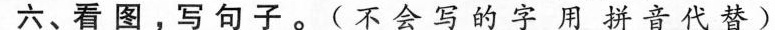
六、看图，写句子。(不会写的字用拼音代替